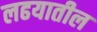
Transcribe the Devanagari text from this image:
लढयातील